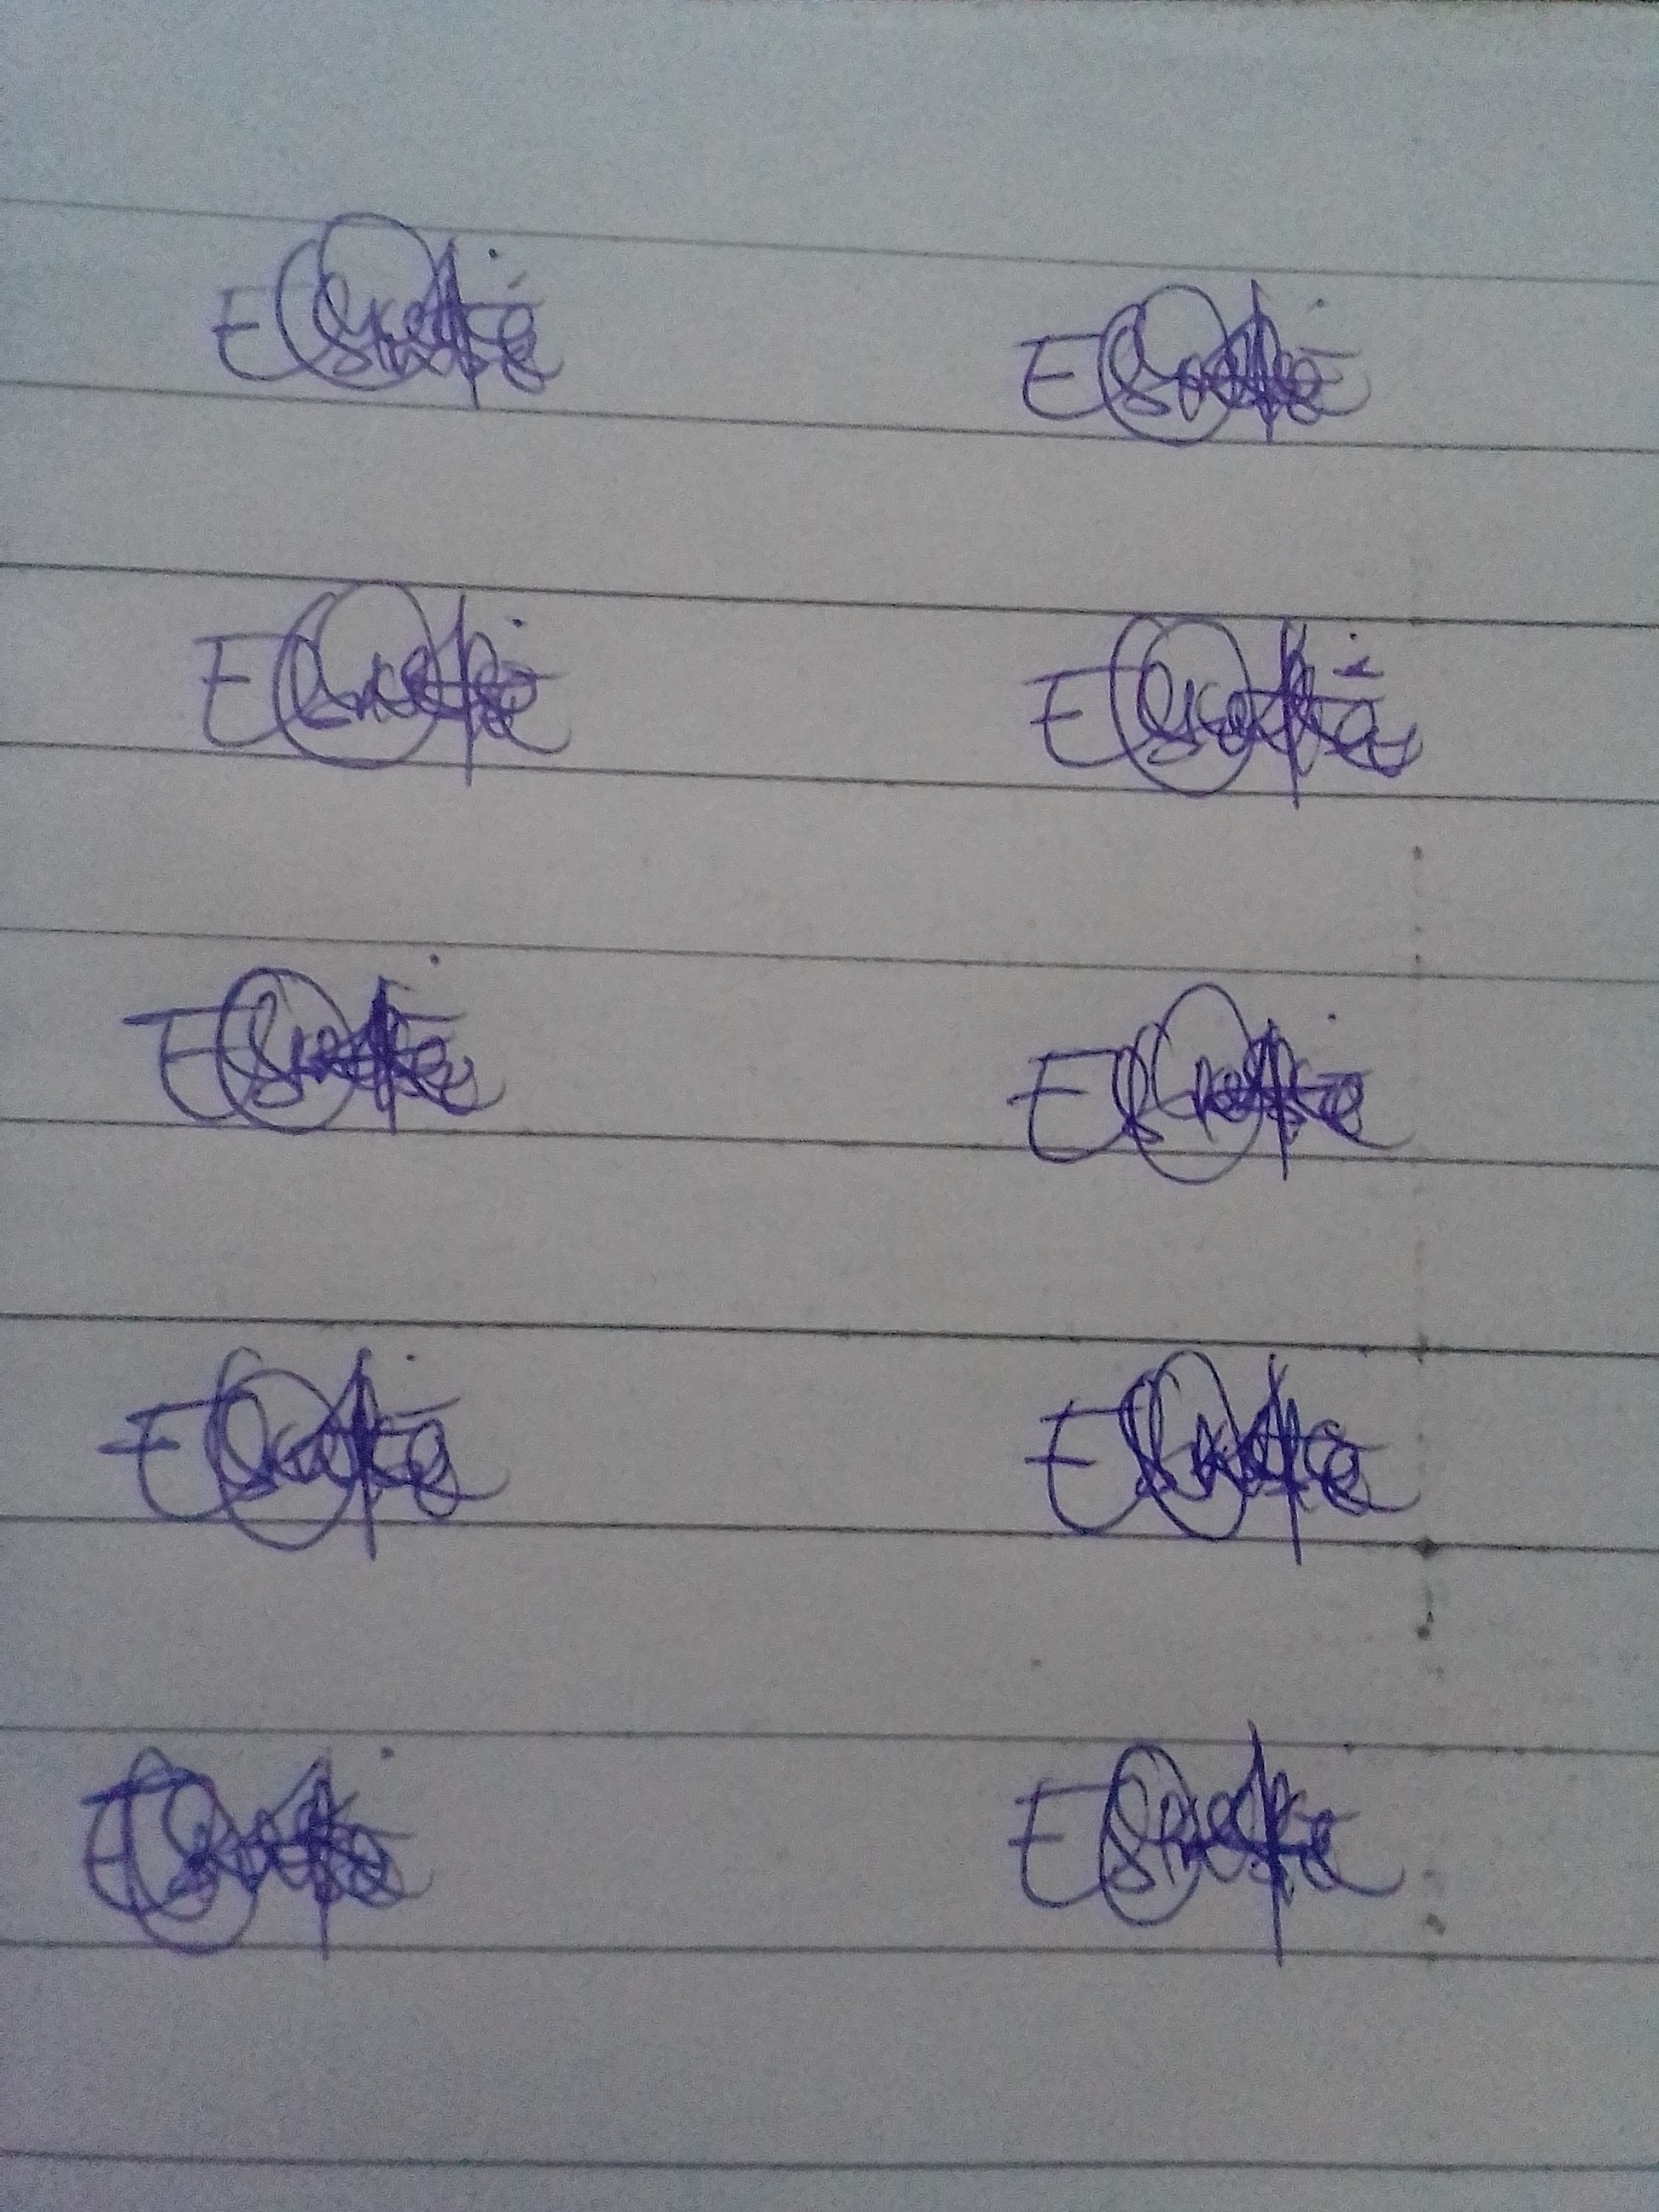
Signature authenticity: genuine